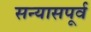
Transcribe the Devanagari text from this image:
सन्यासपूर्व